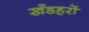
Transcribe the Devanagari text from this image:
खँडहरों